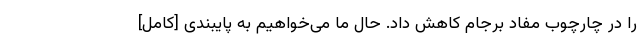
را در چارچوب مفاد برجام کاهش داد. حال ما می‌خواهیم به پایبندی [کامل]